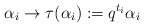
\begin{align*}\alpha _{i}\rightarrow \tau (\alpha _{i}):=q^{t_{i}}\alpha _{i}\;\end{align*}